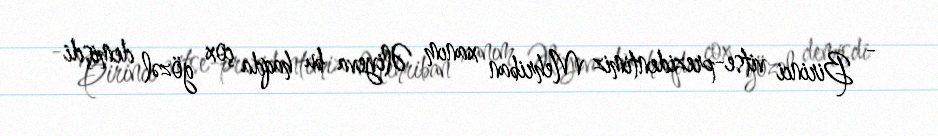
- Birinci vitse-prezidentimiz Mehriban xanım Əliyeva bu haqda çox gözəl demişdi